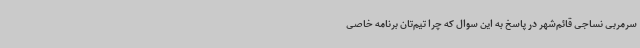
سرمربی نساجی قائم‌شهر در پاسخ به این سوال که چرا تیم‌تان برنامه خاصی